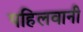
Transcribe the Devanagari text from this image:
पहिलवानी